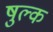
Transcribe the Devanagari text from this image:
षुल्क